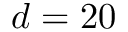
d = 2 0